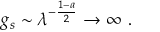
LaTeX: g _ { s } \sim \lambda ^ { - { \frac { 1 - a } { 2 } } } \to \infty \ .